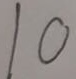
1 0